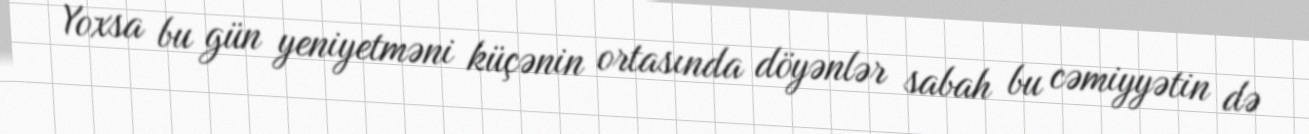
Yoxsa bu gün yeniyetməni küçənin ortasında döyənlər sabah bu cəmiyyətin də